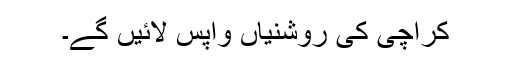
کراچی کی روشنیاں واپس لائیں گے۔